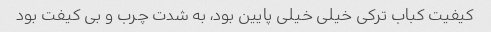
کیفیت کباب ترکی خیلی خیلی پایین بود، به شدت چرب و بی کیفت بود